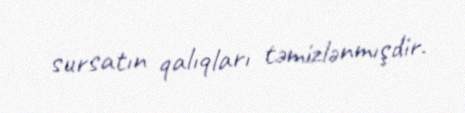
sursatın qalıqları təmizlənmışdir.